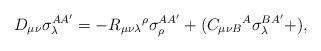
LaTeX: \begin{align*}D_{\mu \nu }\sigma _{\lambda }^{AA^{\prime }}=-R_{\mu \nu \lambda }{}^{\rho}\sigma _{\rho }^{AA^{\prime }}+(C_{\mu \nu B}{}^{A}\sigma _{\lambda}^{BA^{\prime }}+), \end{align*}